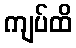
ကျပ်ထိ